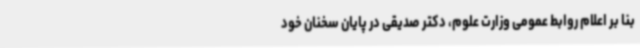
بنا بر اعلام روابط عمومی وزارت علوم، دکتر صدیقی در پایان سخنان خود